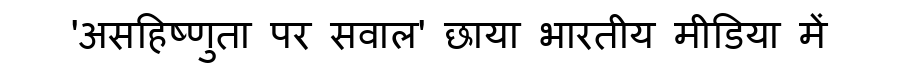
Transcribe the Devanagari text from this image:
'असहिष्णुता पर सवाल' छाया भारतीय मीडिया में